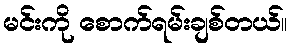
မင်းကို စောက်ရမ်းချစ်တယ်။